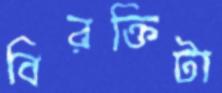
বিরক্তিটা